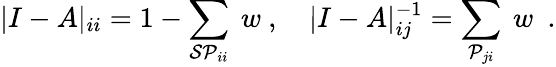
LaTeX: |I-A|_{ii}=1-\sum_{{\cal SP}_{ii}}\ w\ ,\quad|I-A|_{ij}^{-1}=\sum_{{\cal P}_{ji}}\ w\ \ .